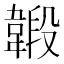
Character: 𩏇